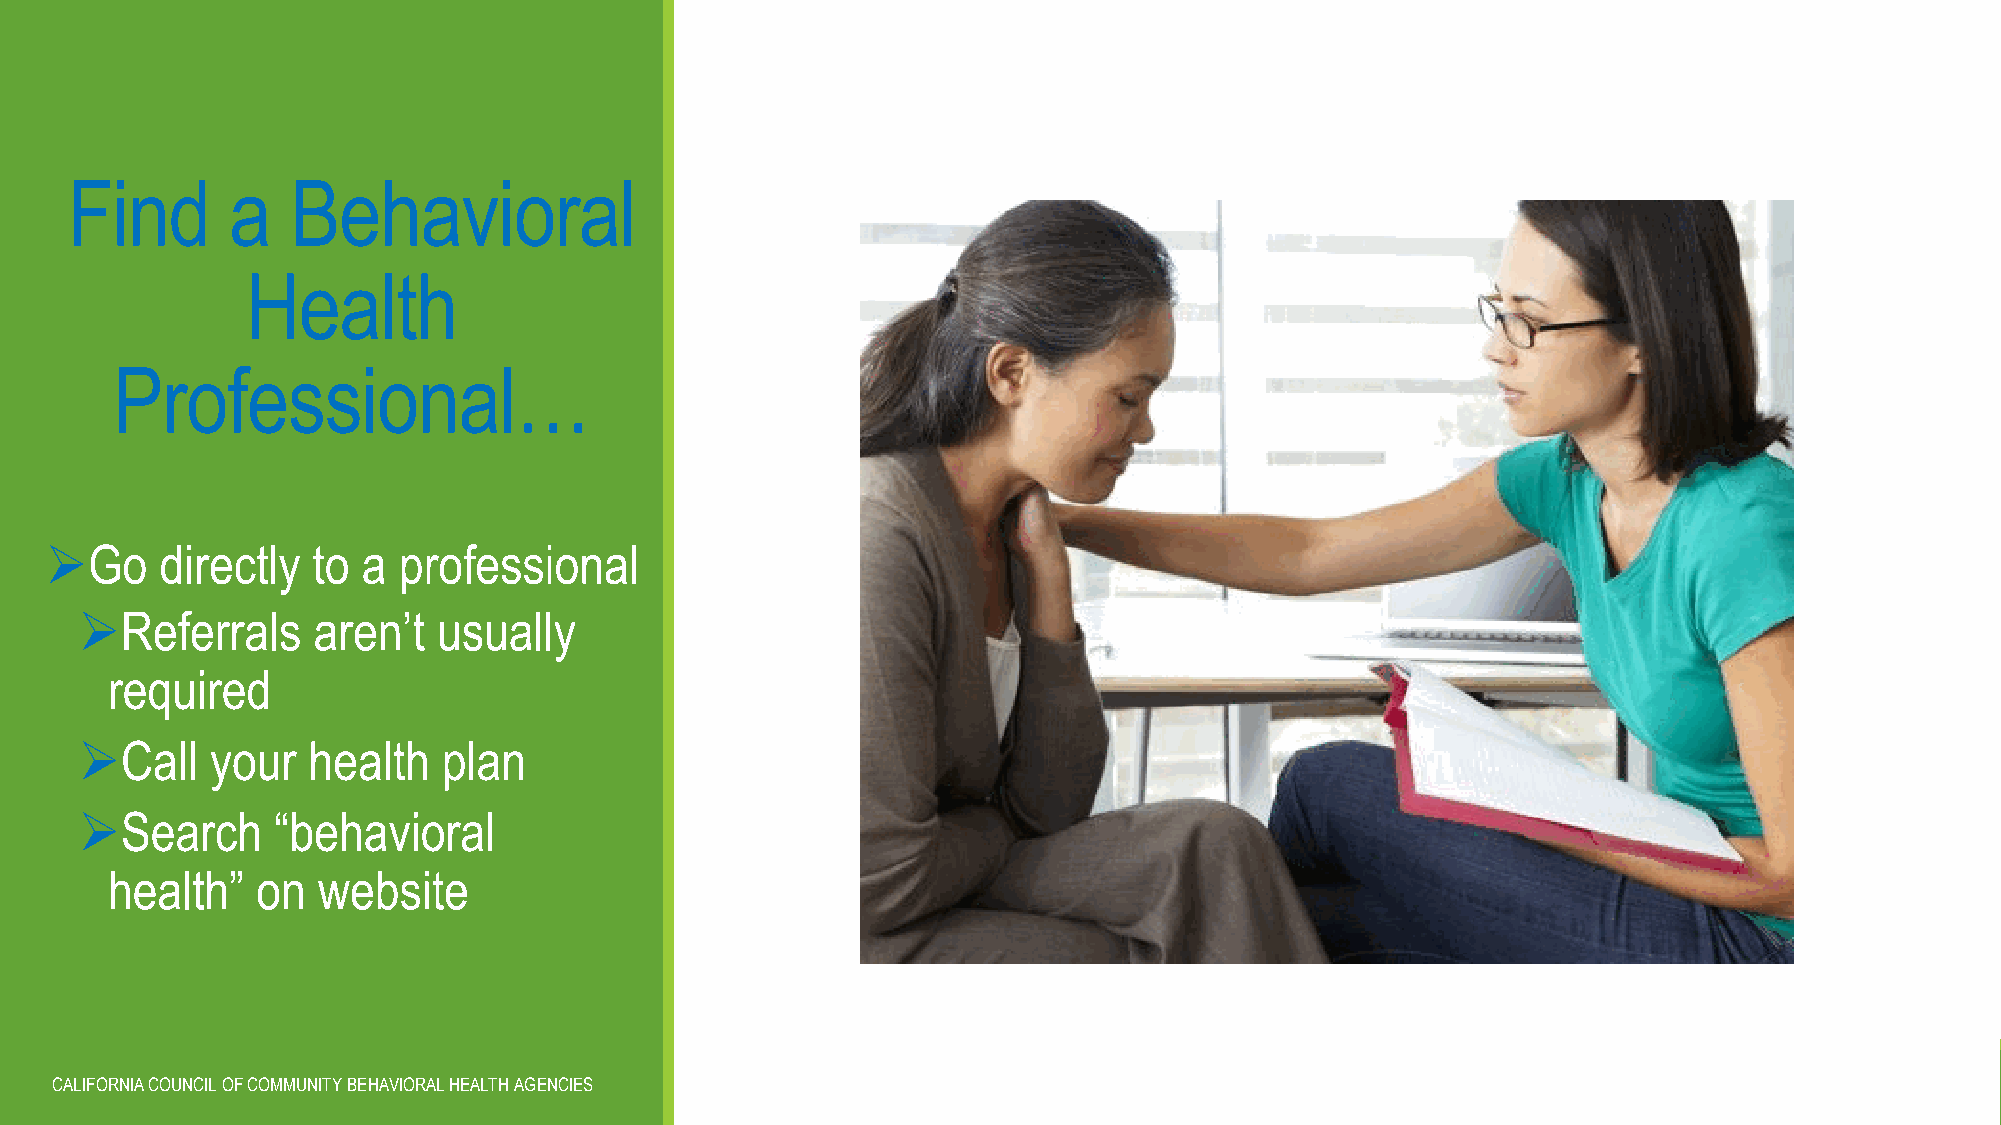
Find       a   Behavioral
 Health
 Professional…
 Go     directly  to a professional
 Referrals      aren’t  usually
 required
 Call    your  health   plan
 Search      “behavioral
 health”   on  website
 CALIFORNIA COUNCIL OF COMMUNITY BEHAVIORAL HEALTH AGENCIES